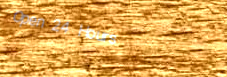
Open 24 Hours